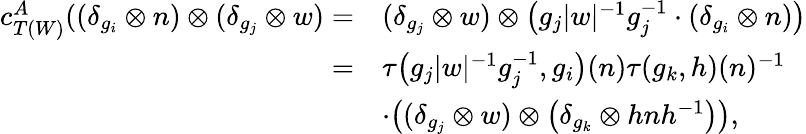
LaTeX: \begin{array}{rl}{c_{T(W)}^{A}((\delta_{g_{i}}\otimes n)\otimes(\delta_{g_{j}}\otimes w)=}&{(\delta_{g_{j}}\otimes w)\otimes\big(g_{j}|w|^{-1}g_{j}^{-1}\cdot(\delta_{g_{i}}\otimes n)\big)}\\ {=}&{\tau\big(g_{j}|w|^{-1}g_{j}^{-1},g_{i}\big)(n)\tau(g_{k},h)(n)^{-1}}\\ &{\cdot\big((\delta_{g_{j}}\otimes w)\otimes\big(\delta_{g_{k}}\otimes hnh^{-1}\big)\big),}\end{array}